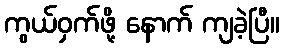
ကွယ်ဝှက်ဖို့ နောက် ကျခဲ့ပြီ။